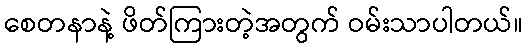
စေတနာနဲ့ ဖိတ်ကြားတဲ့အတွက် ဝမ်းသာပါတယ်။